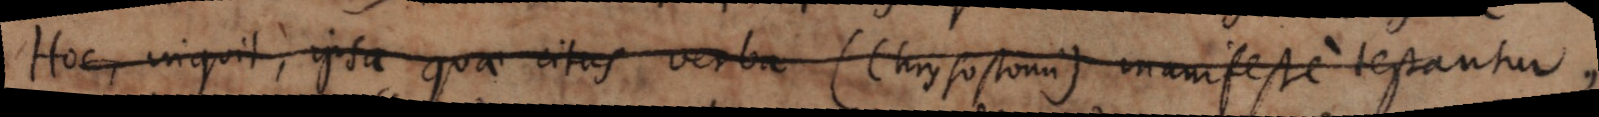
Hoc siquil, ipsa qua citas verba (Chrysostomi) manifestè testantur,